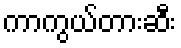
ကာကွယ်တားဆီး